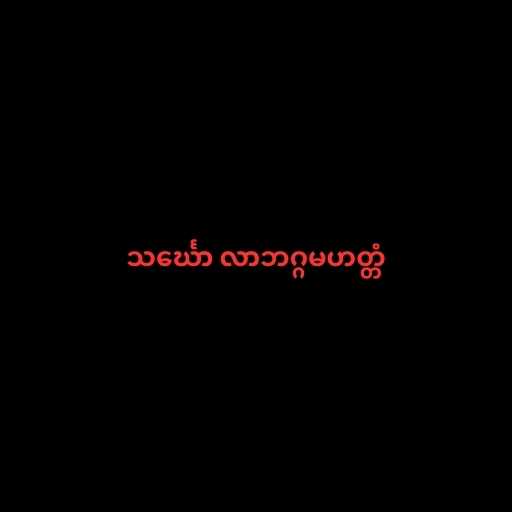
သင်္ဃော လာဘဂ္ဂမဟတ္တံ